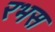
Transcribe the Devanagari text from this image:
रभस